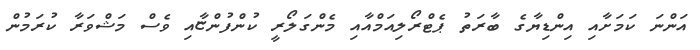
އަންނަ ކަމަށާއި އިންޑިޔާގެ ބާރަތު ޕެޓްރޯލިއަމްއާއި މެންގަލޯރީ ކުންފުންޏާއި ވެސް މަޝްވަރާ ކުރަމުން